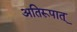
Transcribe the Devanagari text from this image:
अतिरूपात्